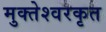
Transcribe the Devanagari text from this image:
मुक्तेश्वरकृत